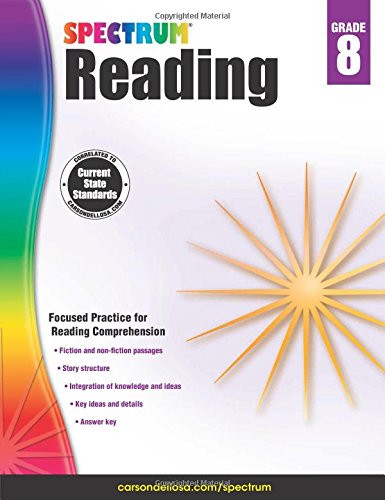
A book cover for Spectrum Reading Workbook, Grade 8; Teen & Young Adult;